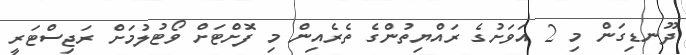
ދޫނޑިގަން މި 2 އަވަށުގެ ރައްޔިތުންގެ ތެރެއިން މި ފޮށްޓަށް ވޯޓުލުމަށް ރަޖިސްޓަރީ